Jaan_Tonisson_(Lasteleht), lk 95
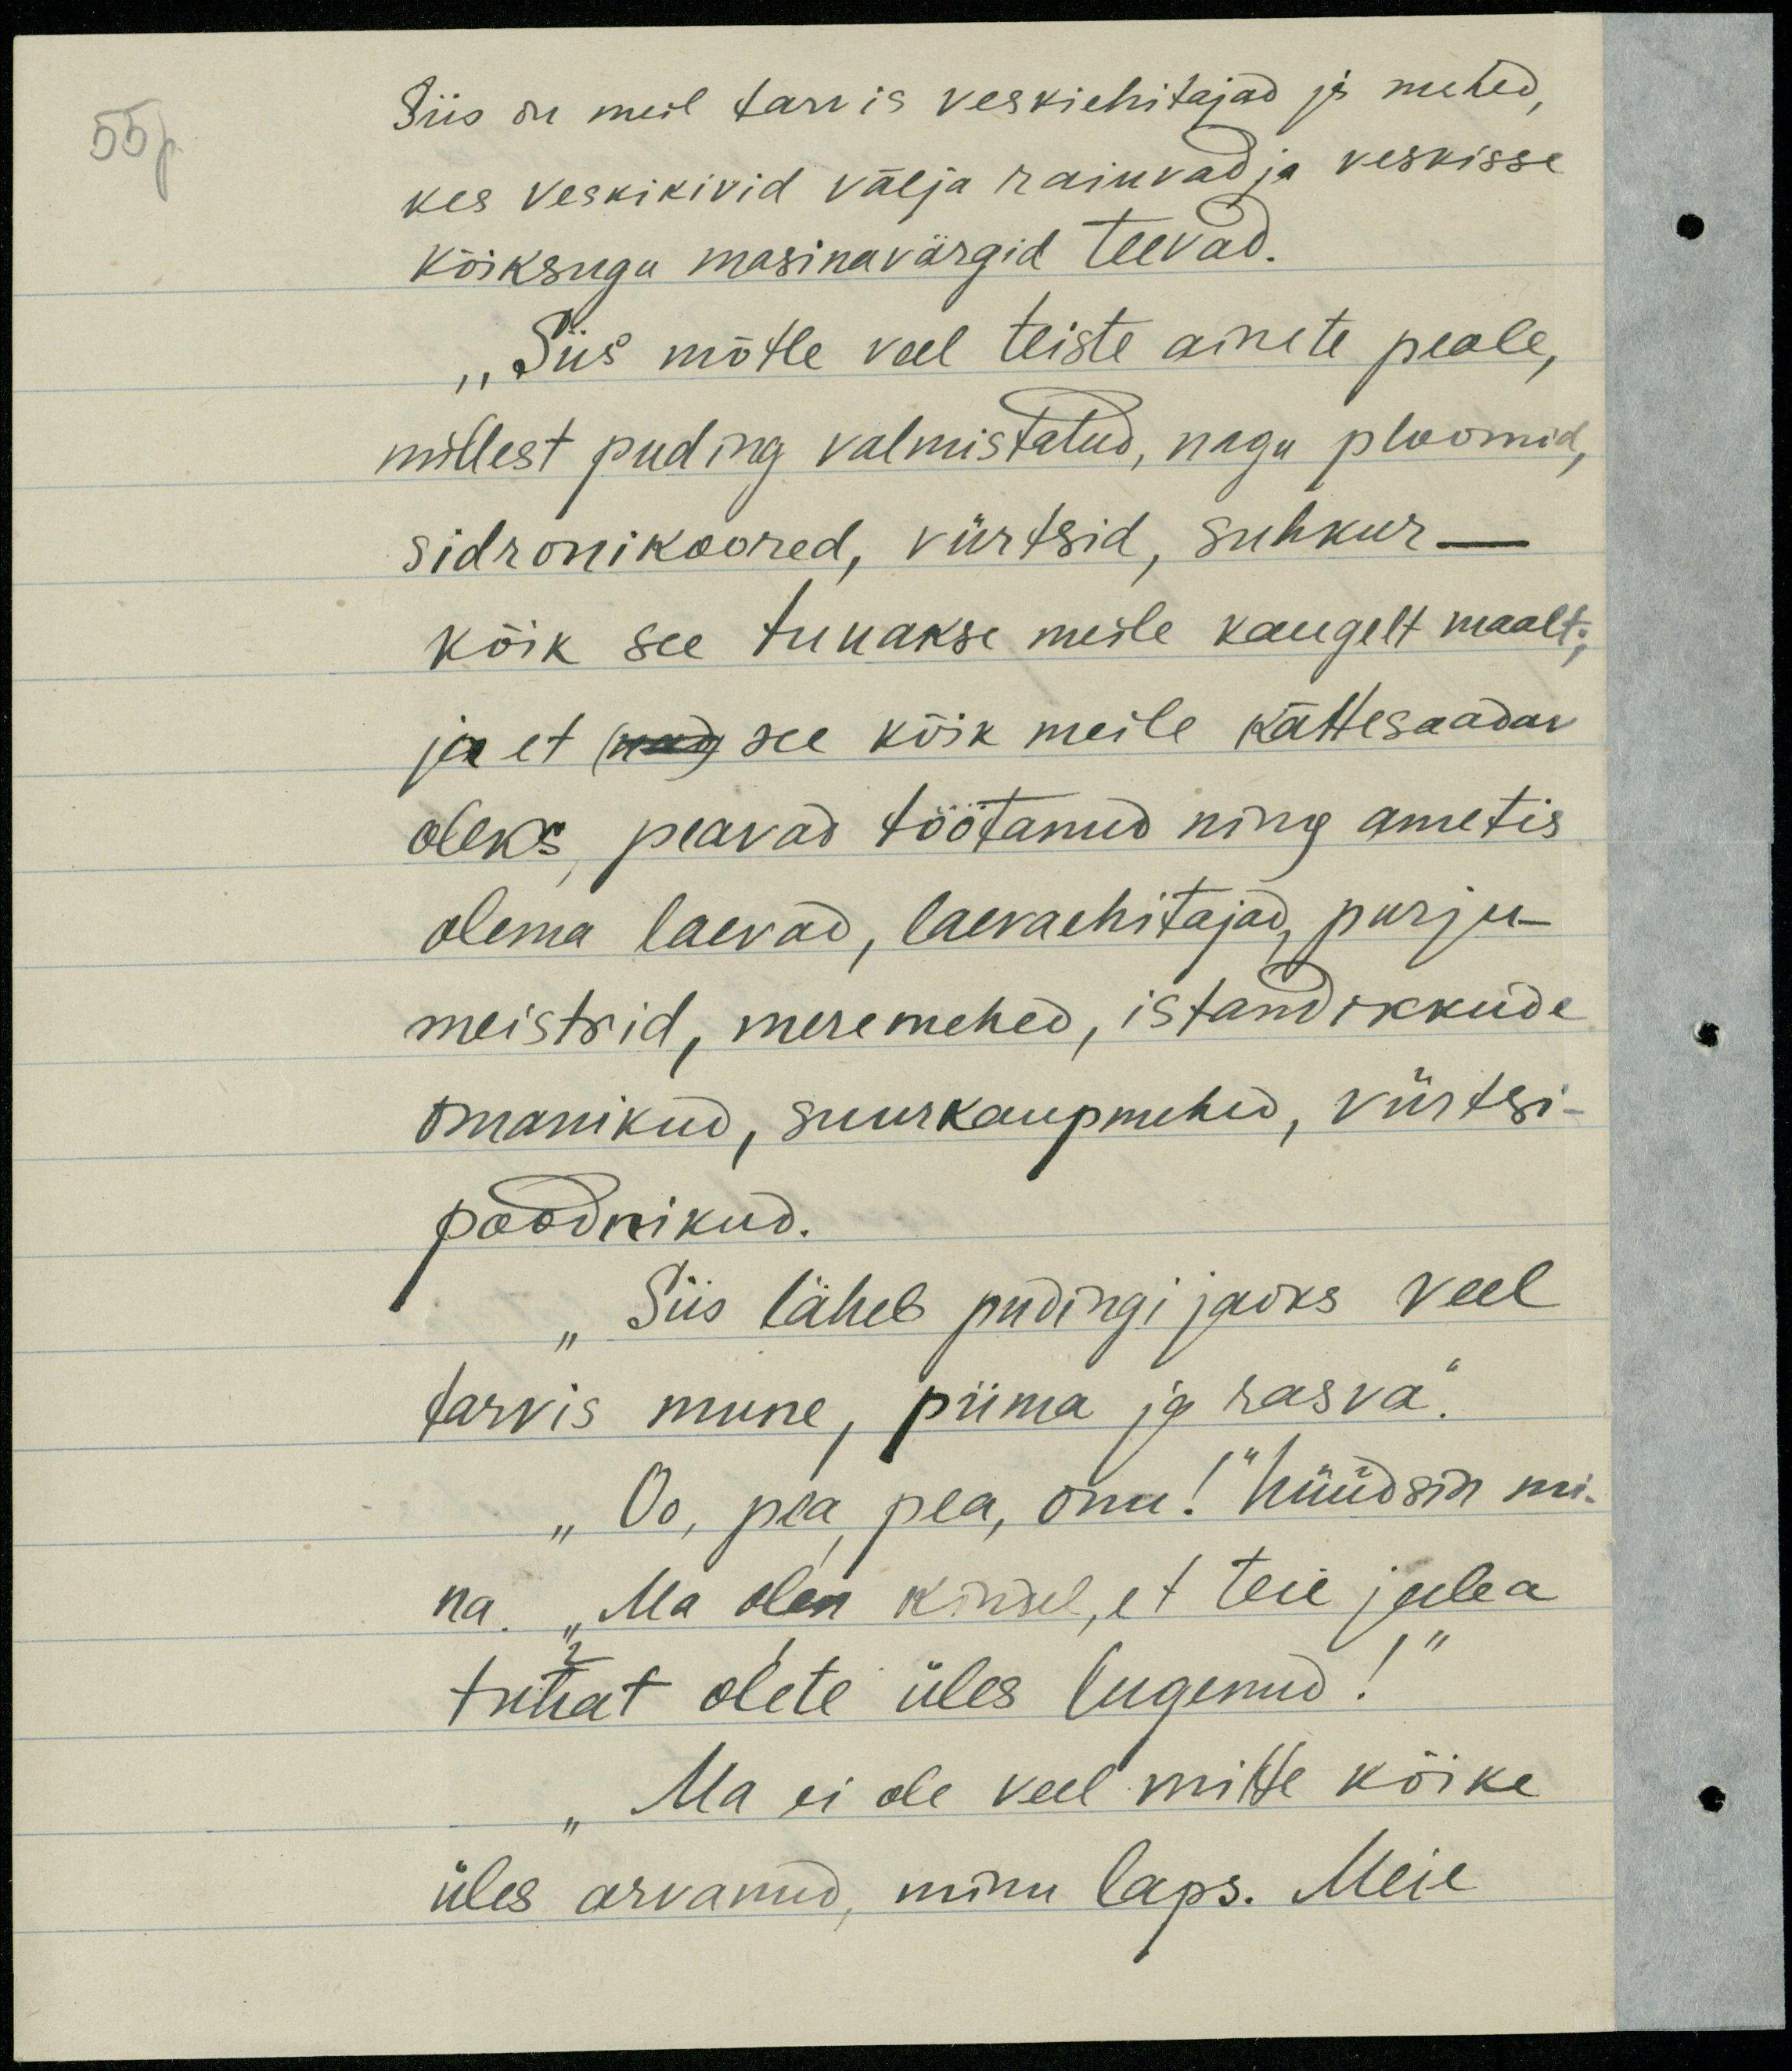
Siis on meil tarvis veskiehitajad ja mehed,
kes veskikivid välja raiuvad ja veskisse
kõiksugu masinavärgid teevad.
„Siis mõtle veel teiste ainete peale,
millest puding valmistatud, nagu ploomid,
sidronikoored, vürtsid, suhkur-
kõik see tuuakse meile kaugelt maalt;
ja et (nad) see kõik meile kättesaadav
oleks peavad töötanud ning ametis
olema laevad, laevaehitajad, purje-
meistrid, meremehed, istandikkude
omanikud, suurkaupmehed, vürtsi-
poodnikud.
Siis läheb pudingi jaoks veel
tarvis mune, piima ja rasva."
„Oo, pea pea, onu!“ hüüdsin mi-
na. "Ma olen kindel, et teie juba
tuhat olete üles lugenud!
„Ma ei ole veel mitte kõike
üles arvanud, minu laps. Meie

55p